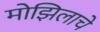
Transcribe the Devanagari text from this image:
मोझिलाचे